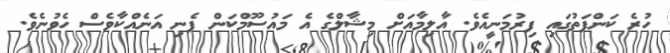
ހުރެ ކަންފަތުގައި ފިރުމަނީއެވެ. އާލިމާއަށް މިޝާލްގެ އެ މައުސޫމްކަން ފެނި އަނެއްކާވެސް ހެވުނެވެ.